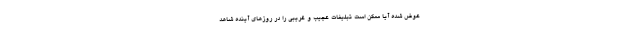
عوض شده آیا ممکن است تبلیغات عجیب و غریبی را در روزهای آینده شاهد